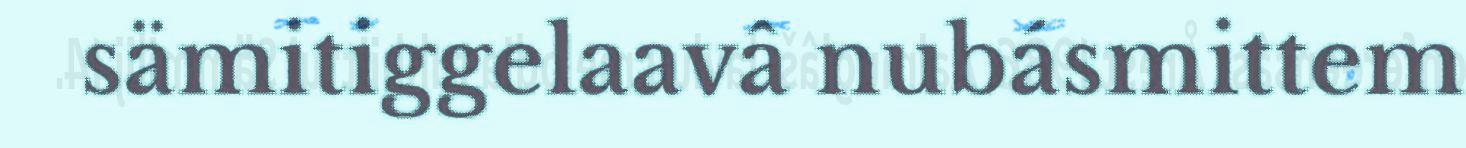
sämitiggelaavâ nubásmittem